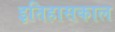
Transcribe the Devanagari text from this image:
इतिहासकाल